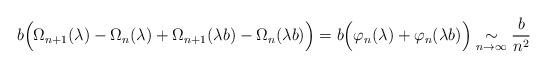
LaTeX: \begin{align*}b\Big(\Omega_{n+1}(\lambda)-\Omega_{n}(\lambda)+\Omega_{n+1}(\lambda b)-\Omega_{n}(\lambda b)\Big)=b\Big(\varphi_{n}(\lambda)+\varphi_{n}(\lambda b)\Big)\underset{n\rightarrow\infty}{\sim}\frac{b}{n^{2}}\end{align*}